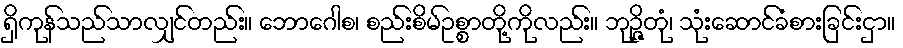
ရှိကုန်သည်သာလျှင်တည်း။ ဘောဂေါစ၊ စည်းစိမ်ဥစ္စာတို့ကိုလည်း။ ဘုဉ္ဇိတုံ၊ သုံးဆောင်ခံစားခြင်းငှာ။